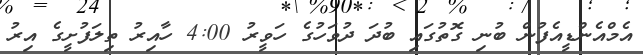
އެމްއެންޑީއެފުން ބުނި ގޮތުގައި ބުދަ ދުވަހުގެ ހަވީރު 4:00 ހާއިރު ތިލަފުށީގެ އިރު